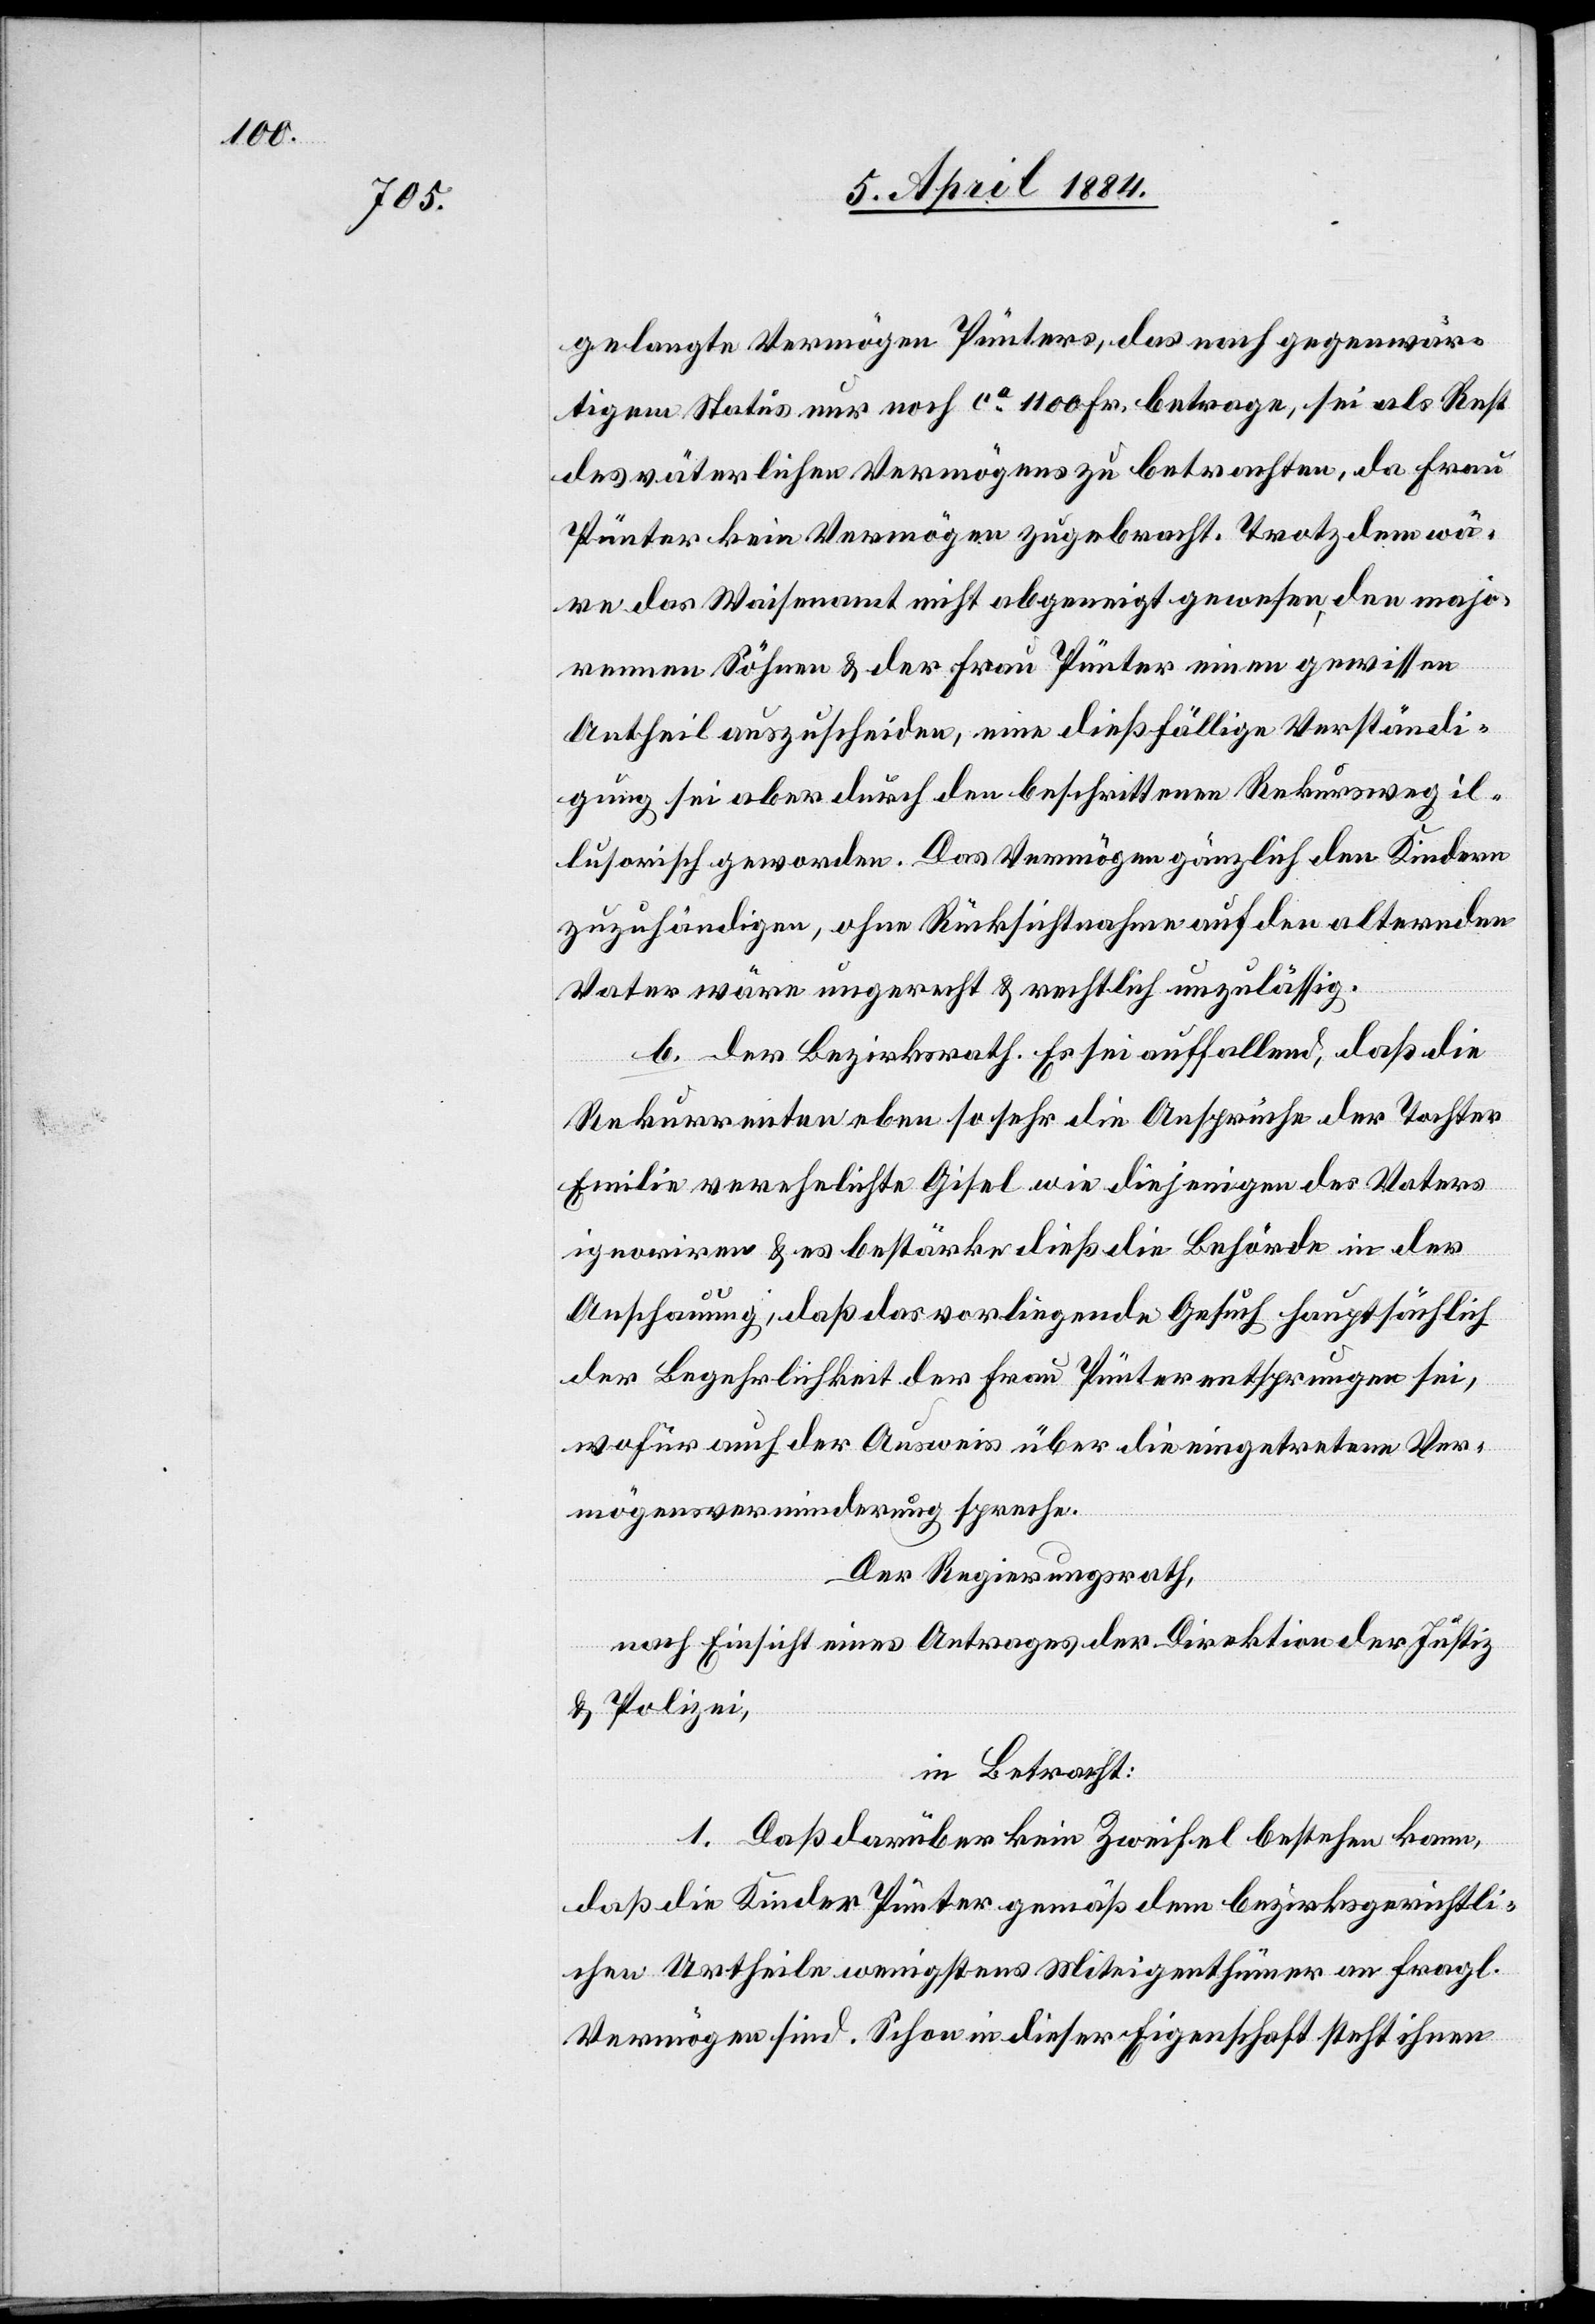
gelangte Vermögen Pünters, das nach gegenwär¬
tigem Status nur noch ca 1100 Fr. betrage, sei als Rest
des väterlichen Vermögens zu betrachten, da Frau
Pünter kein Vermögen zugebracht. Trotzdem wä¬
re das Waisenamt nicht abgeneigt gewesen, den majo¬
renen Söhnen & der Frau Pünter einen gewissen
Antheil auszuscheiden, eine dießfällige Verständi¬
gung sei aber durch den beschrittenen Rekursweg il¬
lusorisch geworden. Das Vermögen gänzlich den Kindern
zuzuhändigen, ohne Rücksichtnahme auf den alternden
Vater wäre ungerecht & rechtlich unzulässig.
Rekurrenten eben sosehr die Ansprüche der Tochter
Emilie verehelichte Gisel wie diejenigen des Vaters
ignoriren & es bestärke dieß die Behörde in der
Anschauung, daß das vorliegende Gesuch hauptsächlich
der Begehrlichkeit der Frau Pünter entsprungen sei,
wofür auch der Ausweis über die eingetretene Ver¬
mögensverminderung spreche:
Der Regierungsrath,
nach Einsicht eines Antrages der Direktion der Justiz-
& Polizei,
in Betracht:
1. Daß darüber kein Zweifel bestehen kann,
die
daß die Kinder Pünter gemäß dem bezirksgerichtli¬
chen Urtheile wenigstens Miteigenthümer an fragl.
Vermögen sind. Schon in dieser Eigenschaft steht ihnen